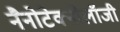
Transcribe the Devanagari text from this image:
नैनोटेक्नोलॉजी